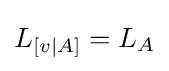
L_{[v\mid A]}=L_{A}